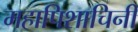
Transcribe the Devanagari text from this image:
महापिशाचिनी